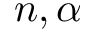
n , \alpha